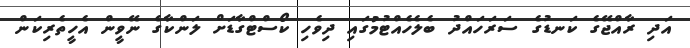
އަދި ރާއްޖޭގެ ކަނޑުގެ ސަރަހައްދު ބެލެހެއްޓުމުގައި ދިވެހި ކޯސްޓްގާޑަށް ލަންކާގެ ނޭވީން އެހީތެރިކަން